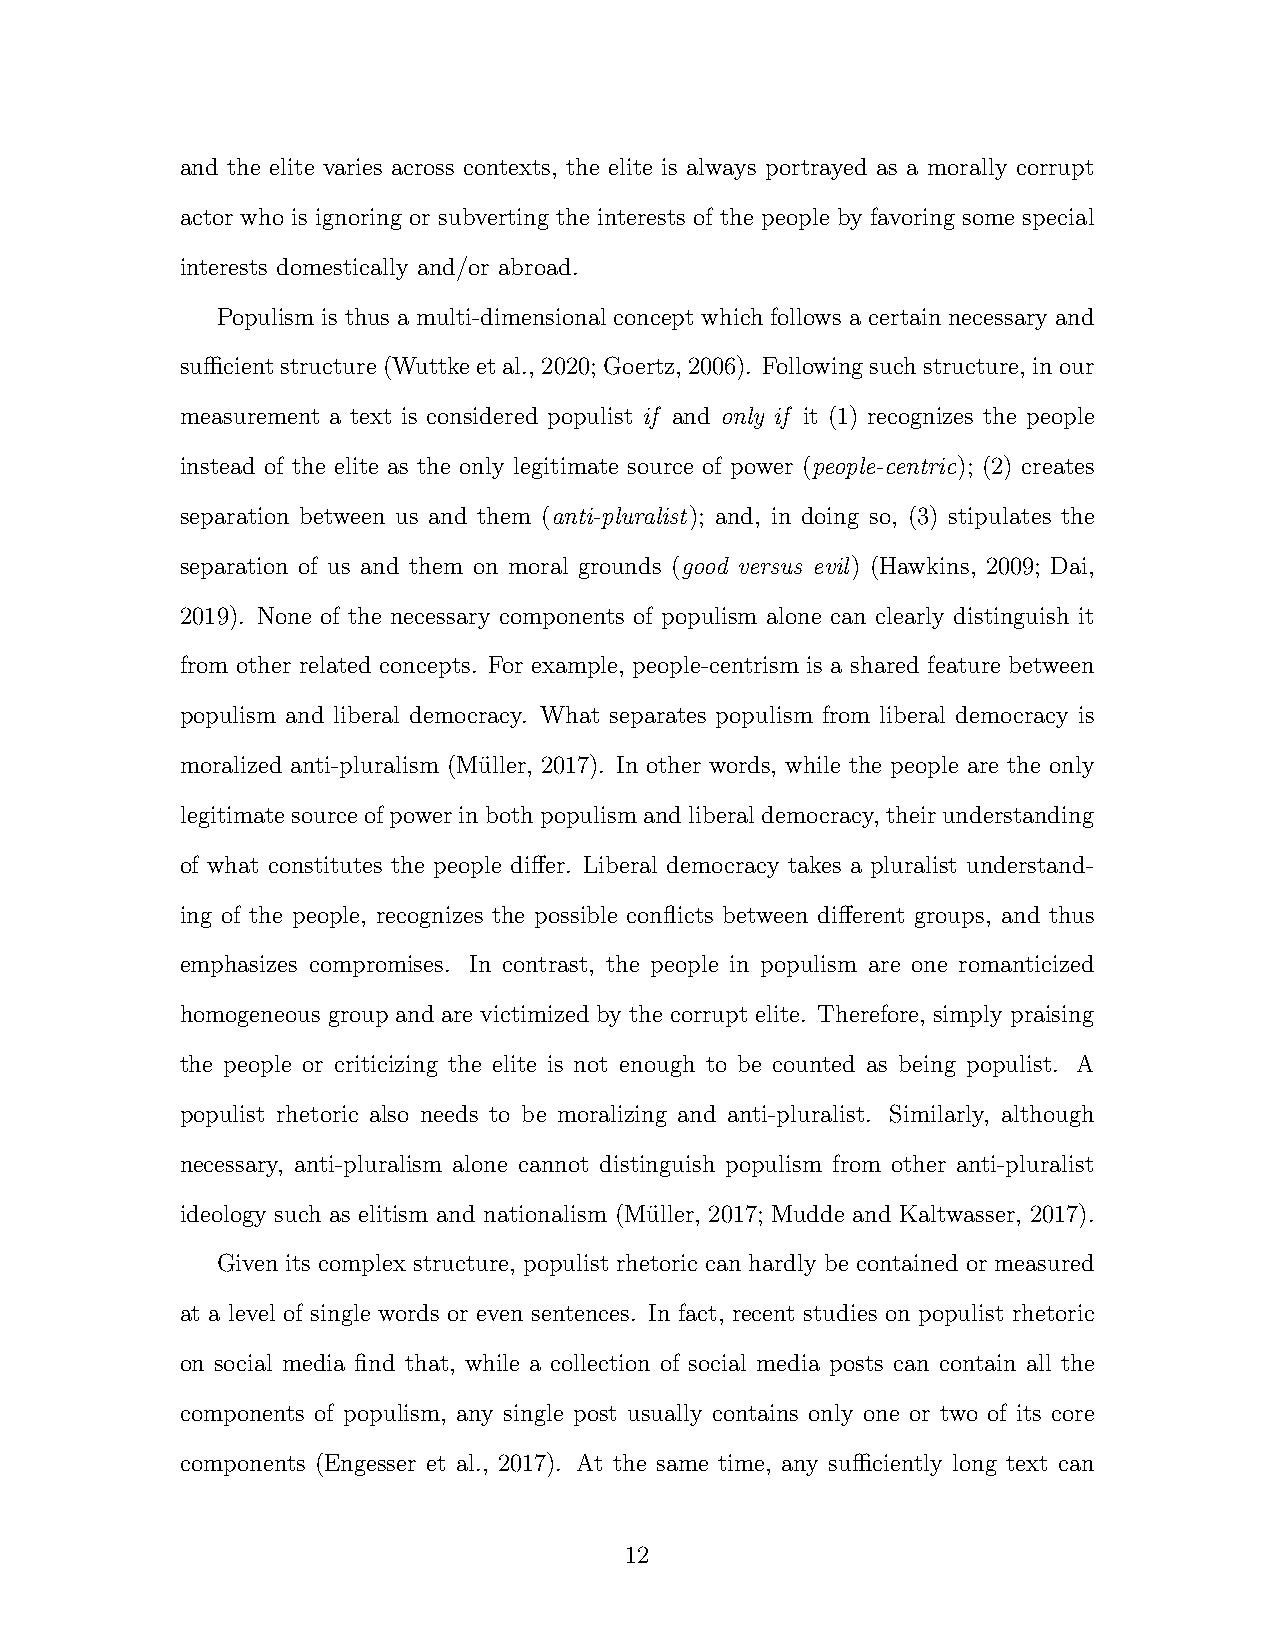
and the elite varies across contexts, the elite is always portrayed as a morally corrupt
 actor who is ignoring or subverting the interests of the people by favoring some special
 interests domestically and/or abroad.
 Populism is thus a multi-dimensional concept which follows a certain necessary and
 sufficientstructure(Wuttkeetal.,2020;Goertz,2006). Followingsuchstructure, inour
 measurement a text is considered populist if and only if it (1) recognizes the people
 instead of the elite as the only legitimate source of power (people-centric); (2) creates
 separation between us and them (anti-pluralist); and, in doing so, (3) stipulates the
 separation of us and them on moral grounds (good versus evil) (Hawkins, 2009; Dai,
 2019). None of the necessary components of populism alone can clearly distinguish it
 from other related concepts. For example, people-centrism is a shared feature between
 populism and liberal democracy. What separates populism from liberal democracy is
 moralized anti-pluralism (Mu¨ller, 2017). In other words, while the people are the only
 legitimatesourceofpowerinbothpopulismandliberaldemocracy, theirunderstanding
 of what constitutes the people differ. Liberal democracy takes a pluralist understand-
 ing of the people, recognizes the possible conflicts between different groups, and thus
 emphasizes compromises. In contrast, the people in populism are one romanticized
 homogeneous group and are victimized by the corrupt elite. Therefore, simply praising
 the people or criticizing the elite is not enough to be counted as being populist. A
 populist rhetoric also needs to be moralizing and anti-pluralist. Similarly, although
 necessary, anti-pluralism alone cannot distinguish populism from other anti-pluralist
 ideology such as elitism and nationalism (Mu¨ller, 2017; Mudde and Kaltwasser, 2017).
 Given its complex structure, populist rhetoric can hardly be contained or measured
 at a level of single words or even sentences. In fact, recent studies on populist rhetoric
 on social media find that, while a collection of social media posts can contain all the
 components of populism, any single post usually contains only one or two of its core
 components (Engesser et al., 2017). At the same time, any sufficiently long text can
 12